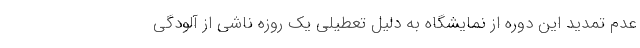
عدم تمدید این دوره از نمایشگاه به دلیل تعطیلی یک روزه ناشی از آلودگی